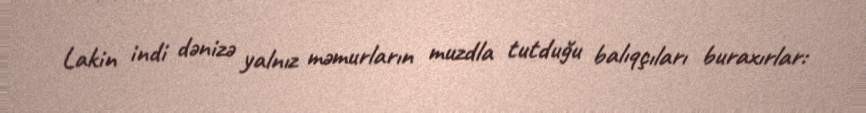
Lakin indi dənizə yalnız məmurların muzdla tutduğu balıqçıları buraxırlar: